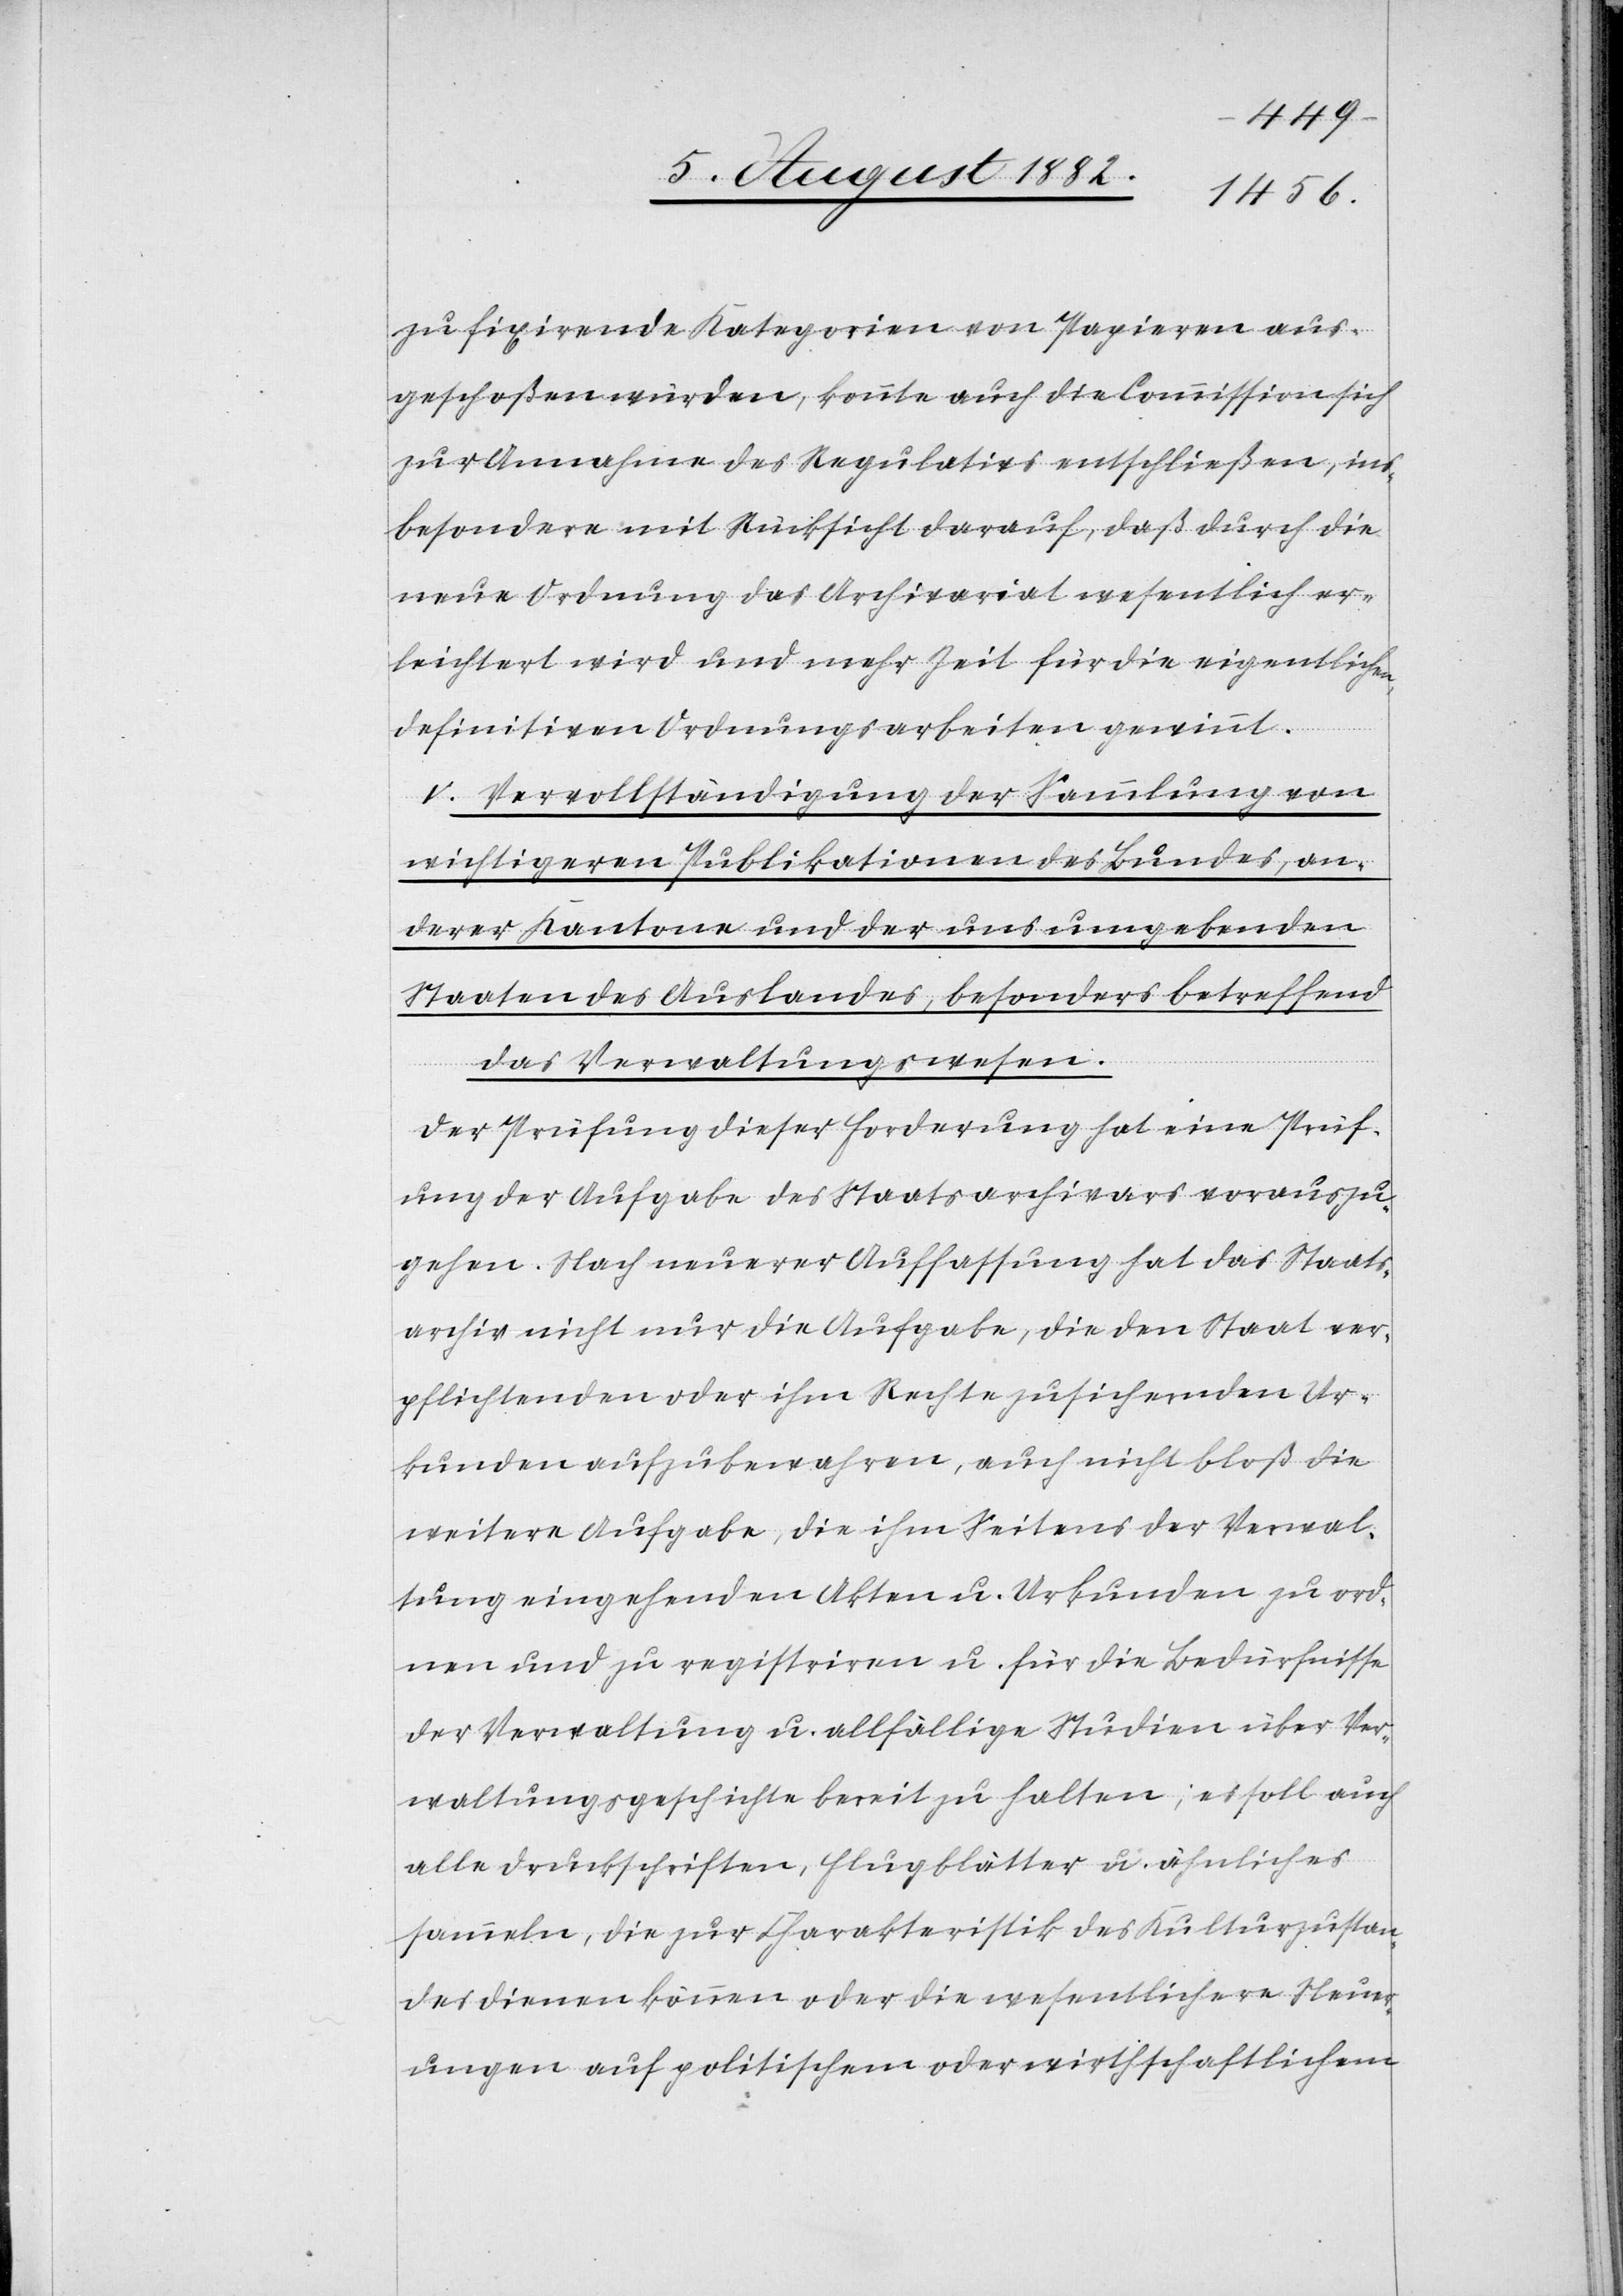
zu fixirende Kategorien von Papieren aus¬
geschoßen würden, konnte auch die Commission sich
zur Annahme des Regulativs entschließen, ins¬
besondere mit Rücksicht darauf, daß durch die
neue Ordnung das Archivariat wesentlich er¬
leichtert wird und mehr Zeit für die eigentlichen,
definitiven Ordnungsarbeiten gewinnt.
V. Vervollständigung der Sammlung von
wichtigeren Publikationen des Bundes, an¬
derer Kantone und der uns umgebenden
Staaten des Auslandes, besonders betreffend
das Verwaltungswesen.
Der Prüfung dieser Forderung hat eine Prüf¬
ung der Aufgabe des Staatsarchivars vorauszu¬
gehen. Nach neuerer Auffassung hat das Staats¬
archiv nicht nur die Aufgabe, die den Staat ver¬
pflichtenden oder ihm Rechte zusichernden Ur¬
kunden aufzubewahren, auch nicht bloß die
weitere Aufgabe, die ihm Seitens der Verwal¬
tung eingehenden Akten u. Urkunden zu ord¬
nen und zu registriren u. für die Bedürfnisse
der Verwaltung u. allfällige Studien über Ver¬
waltungsgeschichte bereit zu halten; es soll auch
alle Druckschriften, Flugblätter u. ähnliches
sammeln, die zur Charakteristik des Kulturzustan¬
des dienen können oder die wesentlichere Neuer¬
ungen auf politischen oder wirthschaftlichem